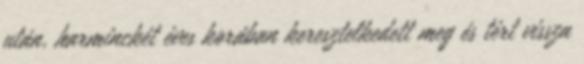
után, harminckét éves korában keresztelkedett meg és tért vissza